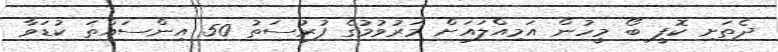
ދެތަށި ކޮފީ ބޯ މީހުން އަމިއްލައަށް މަރުވުމުގެ ފުރުސަތު 50 އިންސައްތަ ކުޑަވާ